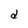
Character: d